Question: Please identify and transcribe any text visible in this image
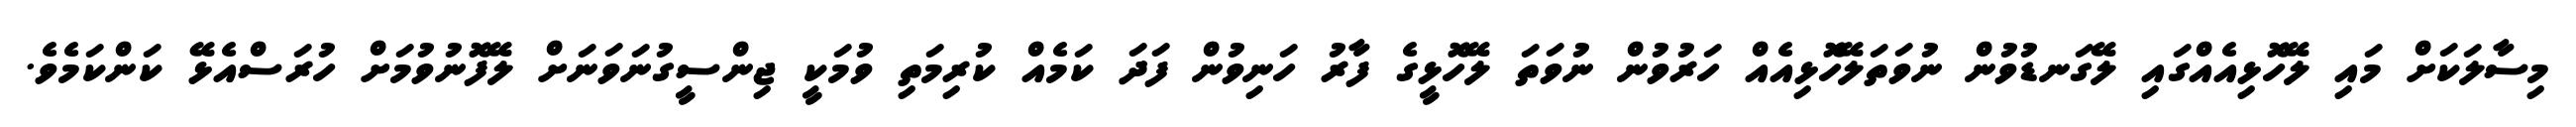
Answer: މިސާލަކަށް މައި ލޭހޮޅިއެއްގައި ލޭގަނޑުވުން ނުވަތަލޭހޮޅިއެއް ހަރުވުން ނުވަތަ ލޭހޮޅީގެ ފާރު ހަނިވުން ފަދަ ކަމެއް ކުރިމަތި ވުމަކީ ޖިންސީގުނަވަނަށް ލޭފޮނުވުމަށް ހުރަސްއެޅޭ ކަންކަމެވެ.